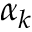
\alpha _ { k }